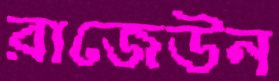
রাজেউন